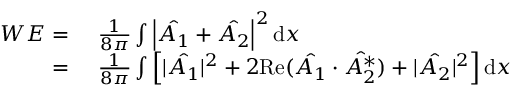
\begin{array} { r l } { W E = \ } & { { } \frac { 1 } { 8 \pi } \int \left| \hat { A _ { 1 } } + \hat { A _ { 2 } } \right| ^ { 2 } \mathrm { d } x } \\ { = \ } & { { } \frac { 1 } { 8 \pi } \int \left[ | \hat { A _ { 1 } } | ^ { 2 } + 2 \mathrm { R e } ( \hat { A _ { 1 } } \cdot \hat { A _ { 2 } ^ { * } } ) + | \hat { A _ { 2 } } | ^ { 2 } \right] \mathrm { d } x } \end{array}